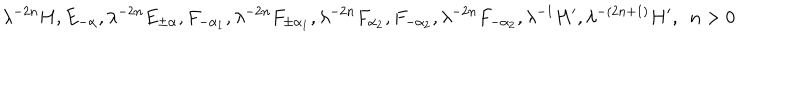
LaTeX: \lambda ^ { - 2 n } H , E _ { - \alpha } , \lambda ^ { - 2 n } E _ { \pm \alpha } , F _ { - \alpha _ { 1 } } , \lambda ^ { - 2 n } F _ { \pm \alpha _ { 1 } } , \lambda ^ { - 2 n } F _ { \alpha _ { 2 } } , F _ { - \alpha _ { 2 } } , \lambda ^ { - 2 n } F _ { - \alpha _ { 2 } } , \lambda ^ { - 1 } H ^ { \prime } , \lambda ^ { - ( 2 n + 1 ) } H ^ { \prime } , ~ ~ n > 0